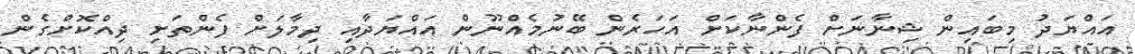
އައްޔަދު މިބައިން ޝިނާނަށް ފެންނާކަށް އަހަރެން ބޭނުމެއްނޫން އައްޔަދާއި ދިމާލަށް ފެންތަށި ދިއްކޮށްގެން